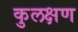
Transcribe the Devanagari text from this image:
कुलक्षण